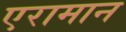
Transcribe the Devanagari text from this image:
एरामान